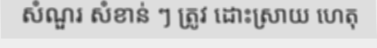
សំណួរ សំខាន់ ៗ ត្រូវ ដោះស្រាយ ហេតុ